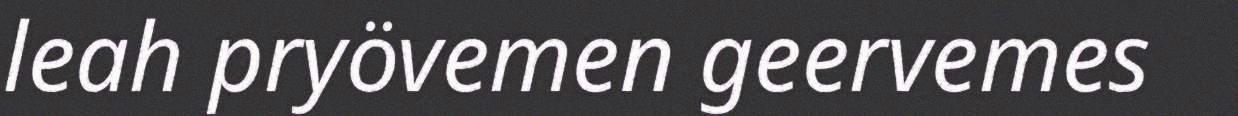
leah pryövemen geervemes